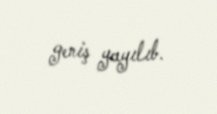
geniş yayılıb.